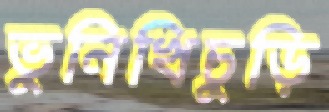
ভুনিখিচুড়ি